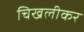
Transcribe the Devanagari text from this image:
चिखलीकर